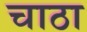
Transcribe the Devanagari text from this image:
चाठा